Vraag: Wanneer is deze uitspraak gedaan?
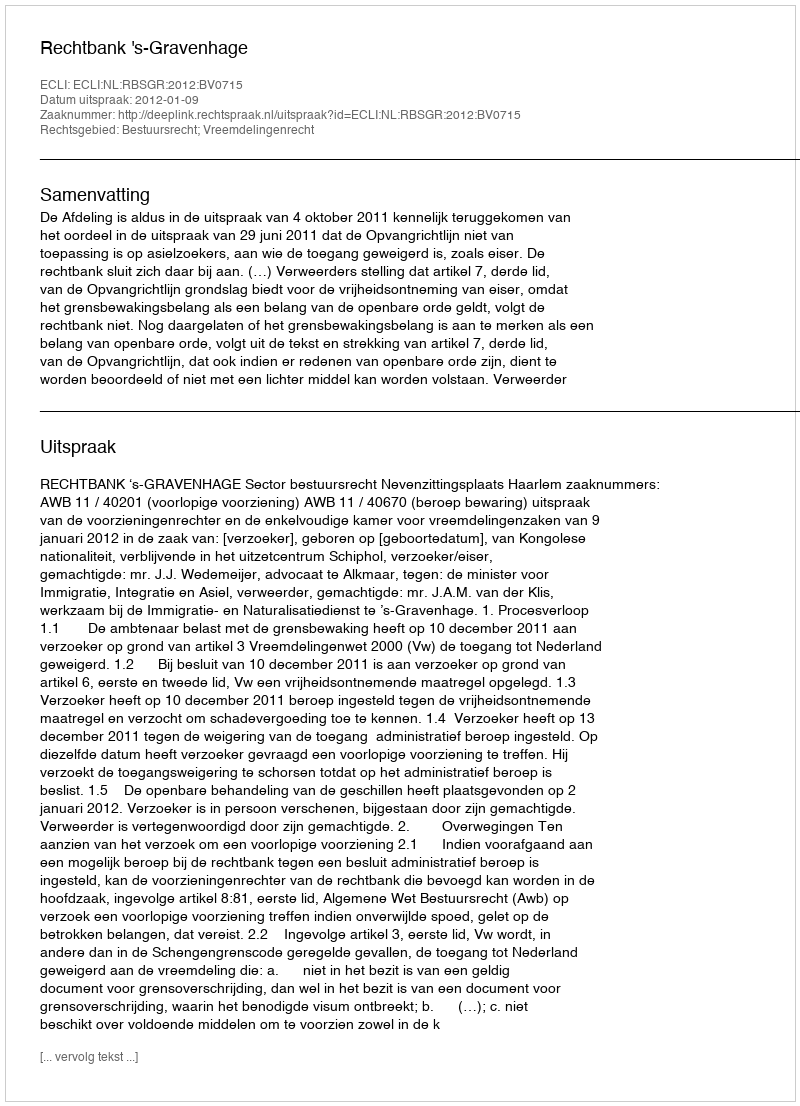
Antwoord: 2012-01-09